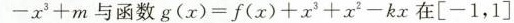
- x _ { 3 } + m$$与函数$$g ( x ) = f (